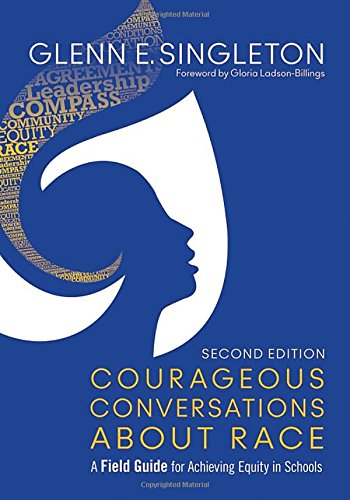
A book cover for Courageous Conversations About Race: A Field Guide for Achieving Equity in Schools; Glenn E. Singleton; Education & Teaching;